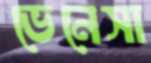
ভেনেসা